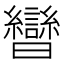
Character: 曫